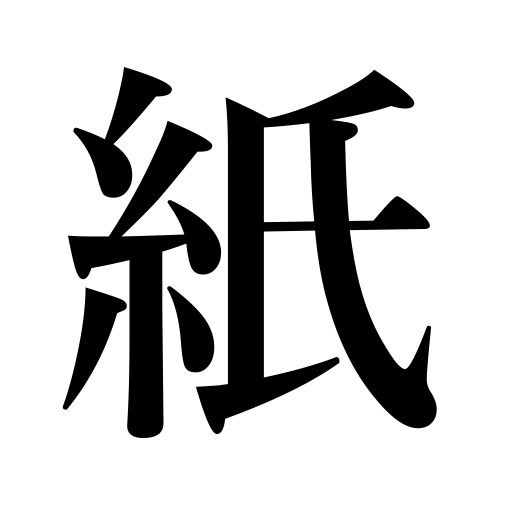
Meanings: paper